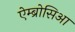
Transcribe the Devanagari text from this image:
ऐम्ब्रोसिआ